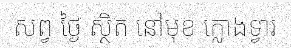
សព្វ ថ្ងៃ ស្ថិត នៅមុខ ក្លោងទ្វារ